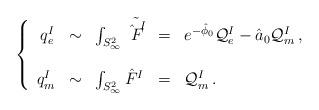
LaTeX: \begin{align*}\left\{\begin{array}{rclcl}q_{e}^{I} & \sim & \int_{S^{2}_{\infty}} \tilde{\hat{F}^{I}} & = & e^{-\hat{\phi}_{0}}{\cal Q}_{e}^{I} -\hat{a}_{0}{\cal Q}_{m}^{I}\, , \\& & \\q_{m}^{I} & \sim & \int_{S^{2}_{\infty}} \hat{F}^{I}& = & {\cal Q}_{m}^{I}\, . \\\end{array}\right.\end{align*}